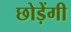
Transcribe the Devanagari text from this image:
छोड़ेंगी